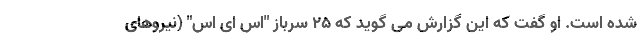
شده است. او گفت که این گزارش می گوید که ۲۵ سرباز "اس اِی اس" (نیروهای